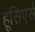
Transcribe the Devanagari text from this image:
हूसिएर्स